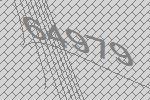
64979